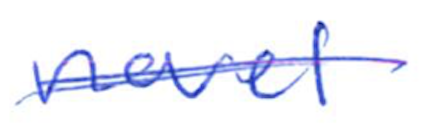
Text: novel
Cross-out: single-line
Writing tool: ballpoint